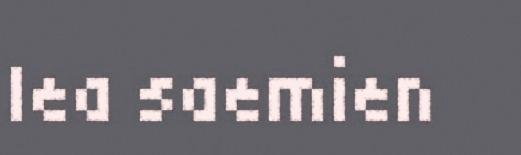
lea saemien